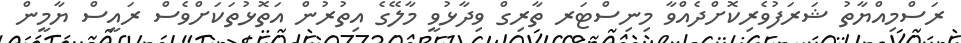
ރަސްމިއްޔާތު ޝަރަފުވެރިކޮށްދެއްވާ މިނިސްޓަރ ތާރިގް ވިދާޅުވީ މާލޭގެ އިތުރުން އަތޮޅުތަކަށްވެސް ރައީސް ޔާމީން